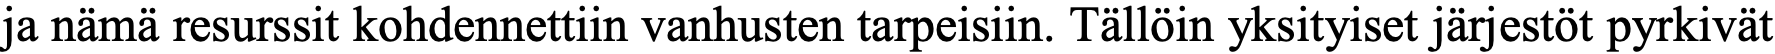
ja nämä resurssit kohdennettiin vanhusten tarpeisiin. Tällöin yksityiset järjestöt pyrkivät